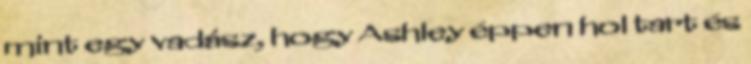
mint egy vadász, hogy Ashley éppen hol tart és